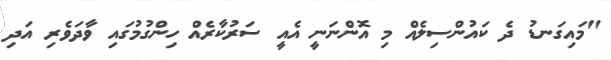
"މައިގަނޑު ދެ ކައުންސިލެއް މި އޮންނަނީ އެއީ ސަރުކާރެއް ހިންގުމުގައި ވާދަވެރި އަދި